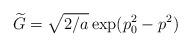
LaTeX: \begin{align*}\widetilde{G}=\sqrt{2/a}\exp(p_0^2-p^2)\end{align*}